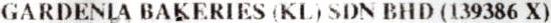
GARDENIA BAKERIES (KL) SDN BHD (139386 X)